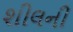
શીલની